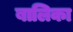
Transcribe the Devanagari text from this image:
बालिका